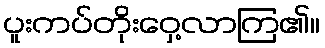
ပူးကပ်တိုးဝှေ့လာကြ၏။